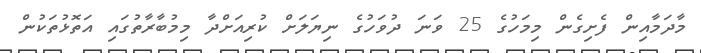
މާދަމާއިން ފެށިގެން މިމަހުގެ 25 ވަނަ ދުވަހުގެ ނިޔަލަށް ކުރިއަށްދާ މިމުބާރާތުގައި އަތޮޅުތަކުން